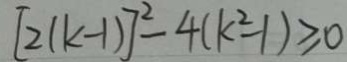
[ 2 ( k - 1 ) ] ^ { 2 } - 4 ( k ^ { 2 } - 1 ) \geq 0